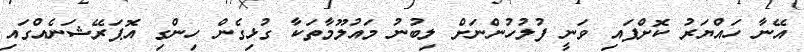
އޭނާ ހައްޔަރު ކޮށްފައި ވަނީ ފުލުހުންނަށް ލިބުނު މައުލޫމާތަކާ ގުޅިގެން ހިންގި އޮޕަރޭޝަނެއްގައި